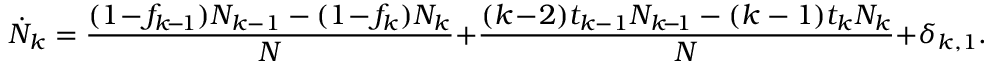
\dot { N } _ { k } = \frac { ( 1 \! - \! f _ { k \! - \! 1 } ) N _ { k - 1 } - ( 1 \! - \! f _ { k } ) N _ { k } } { N } + \frac { ( k \! - \! 2 ) t _ { k - 1 } N _ { k \! - \! 1 } - ( k - 1 ) t _ { k } N _ { k } } { N } + \delta _ { k , 1 } .